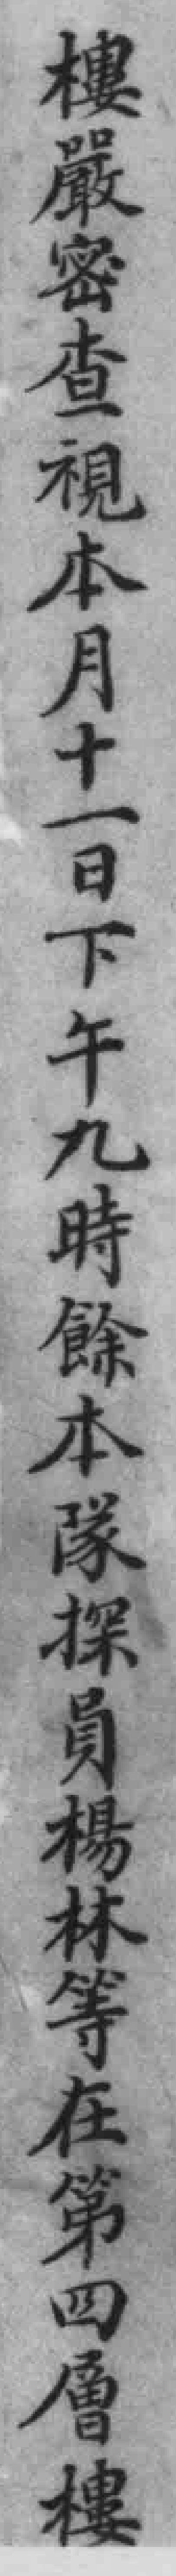
樓嚴密查視本月十一日下午九時餘本隊探員楊林等在第四層樓